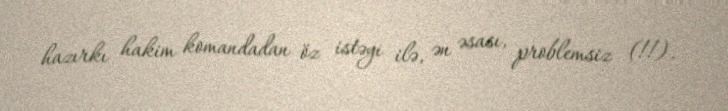
hazırkı hakim komandadan öz istəyi ilə, ən əsası, problemsiz (!!).